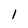
Character: 1